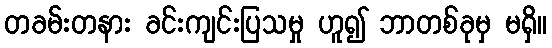
တခမ်းတနား ခင်းကျင်းပြသမှု ဟူ၍ ဘာတစ်ခုမှ မရှိ။